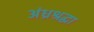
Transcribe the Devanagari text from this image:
अंध्रश्रद्धा